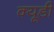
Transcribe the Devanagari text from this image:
क्यूडी